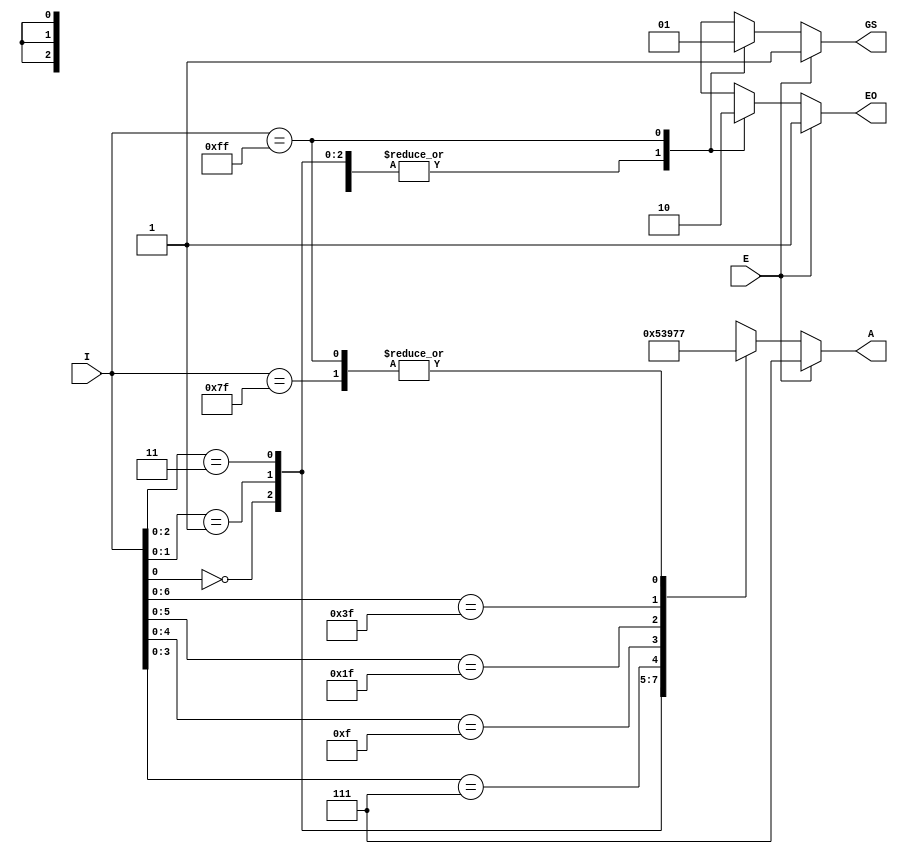
module prirority(E, I, A, GS, EO);
  input E; input [7:0]I;
  output reg [2:0]A;
  output reg GS;
  output reg EO;
  always @(E, I) begin
// active low enable 
    if(E == 1)
    begin
      GS = 1;
      EO = 1;
      A = 3'd7;
    end
    else
    begin
// cases for all the inputs acc to the truth table 
      casex (I)
        8'bxxxxxxx0: begin
            A = 0;
            GS = 0;
            EO = 1;
          end
        8'bxxxxxx01: begin
            A = 3'd1;
            GS = 0;
            EO = 1;
          end
        8'bxxxxx011: begin
            A = 3'd2;
            GS = 0;
            EO = 1;
          end
          8'bxxxx0111: begin
            A = 3'd3;
            GS = 0;
            EO = 1;
          end
         8'bxxx01111: begin
            A = 3'd4;
            GS = 0;
            EO = 1;
          end
          8'bxx011111: begin
            A = 3'd5;
            GS = 0;
            EO = 1;
          end
          8'bx0111111: begin
            A = 3'd6;
            GS = 0;
            EO = 1;
          end
          8'b01111111: begin
            A = 3'd7;
            GS = 0;
            EO = 1;
          end
          8'b11111111: begin
            A = 3'd7;
            GS = 1;
            EO = 0;
          end
      endcase
    end
  end
endmodule